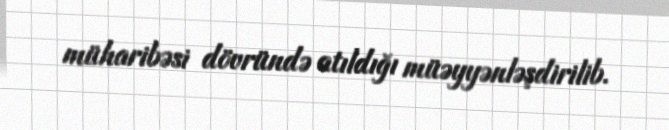
müharibəsi dövründə atıldığı müəyyənləşdirilib.